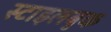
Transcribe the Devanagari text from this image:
स्टाइलबुक